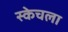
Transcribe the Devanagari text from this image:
स्केचला